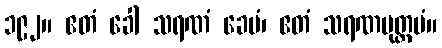
၁၉၂။ ဧတံ ခေါ သရဏံ ခေမံ၊ ဧတံ သရဏမုတ္တမံ။